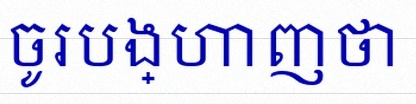
ចូរបង្ហាញថា